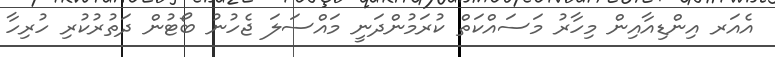
އެއަރ އިންޑިއާއިން މިހާރު މަސައްކަތް ކުރަމުންދަނީ މައްސަލަ ޖެހުނު ބޯޓުން ދަތުރުކުރި ހުރިހާ